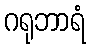
ဂရုဘာရံ